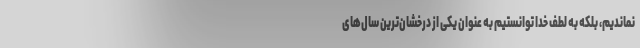
نماندیم، بلکه به لطف خدا توانستیم به عنوان یکی از درخشان‌ترین سال‌های